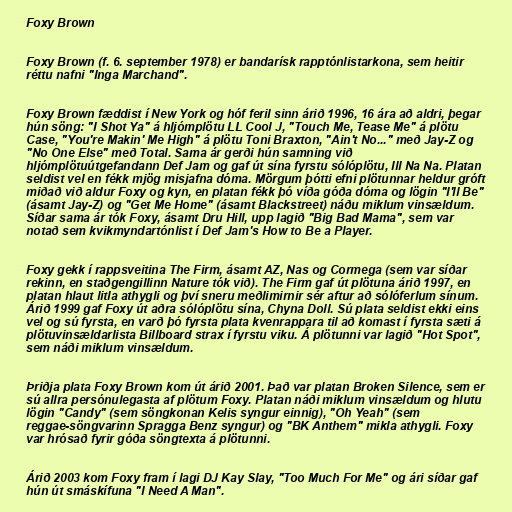
Foxy Brown

Foxy Brown (f. 6. september 1978) er bandarísk rapptónlistarkona, sem heitir
réttu nafni "Inga Marchand".

Foxy Brown fæddist í New York og hóf feril sinn árið 1996, 16 ára að aldri, þegar
hún söng: "I Shot Ya" á hljómplötu LL Cool J, "Touch Me, Tease Me" á plötu
Case, "You're Makin' Me High" á plötu Toni Braxton, "Ain't No..." með Jay-Z og
"No One Else" með Total. Sama ár gerði hún samning við
hljómplötuútgefandann Def Jam og gaf út sína fyrstu sólóplötu, Ill Na Na. Platan
seldist vel en fékk mjög misjafna dóma. Mörgum þótti efni plötunnar heldur gróft
miðað við aldur Foxy og kyn, en platan fékk þó víða góða dóma og lögin "I'll Be"
(ásamt Jay-Z) og "Get Me Home" (ásamt Blackstreet) náðu miklum vinsældum.
Síðar sama ár tók Foxy, ásamt Dru Hill, upp lagið "Big Bad Mama", sem var
notað sem kvikmyndartónlist í Def Jam's How to Be a Player.

Foxy gekk í rappsveitina The Firm, ásamt AZ, Nas og Cormega (sem var síðar
rekinn, en staðgengillinn Nature tók við). The Firm gaf út plötuna árið 1997, en
platan hlaut litla athygli og því sneru meðlimirnir sér aftur að sólóferlum sínum.
Árið 1999 gaf Foxy út aðra sólóplötu sína, Chyna Doll. Sú plata seldist ekki eins
vel og sú fyrsta, en varð þó fyrsta plata kvenrappara til að komast í fyrsta sæti á
plötuvinsældarlista Billboard strax í fyrstu viku. Á plötunni var lagið "Hot Spot",
sem náði miklum vinsældum.

Þriðja plata Foxy Brown kom út árið 2001. Það var platan Broken Silence, sem er
sú allra persónulegasta af plötum Foxy. Platan náði miklum vinsældum og hlutu
lögin "Candy" (sem söngkonan Kelis syngur einnig), "Oh Yeah" (sem
reggae-söngvarinn Spragga Benz syngur) og "BK Anthem" mikla athygli. Foxy
var hrósað fyrir góða söngtexta á plötunni.

Árið 2003 kom Foxy fram í lagi DJ Kay Slay, "Too Much For Me" og ári síðar gaf
hún út smáskífuna "I Need A Man".